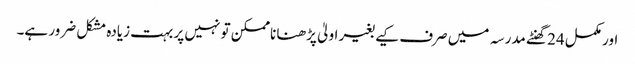
اور مکمل 24 گھنٹے مدرسہ میں صرف کیے بغیر اولیٰ پڑھنا ناممکن تو نہیں پر بہت زیادہ مشکل ضرور ہے۔